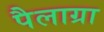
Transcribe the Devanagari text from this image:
पैलाग्रा